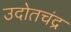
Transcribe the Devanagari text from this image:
उदोतचंद्र